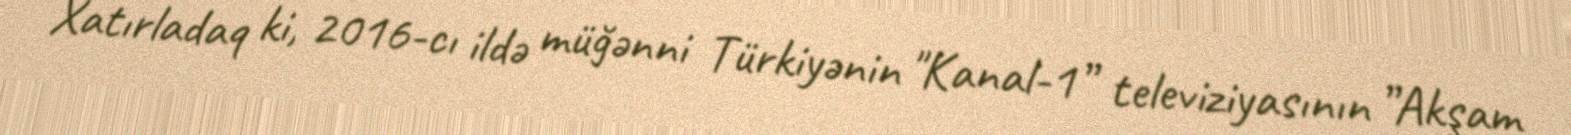
Xatırladaq ki, 2016-cı ildə müğənni Türkiyənin "Kanal-1” televiziyasının ”Akşam